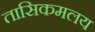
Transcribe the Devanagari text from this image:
तासिकमलय